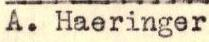
A.Haeringer